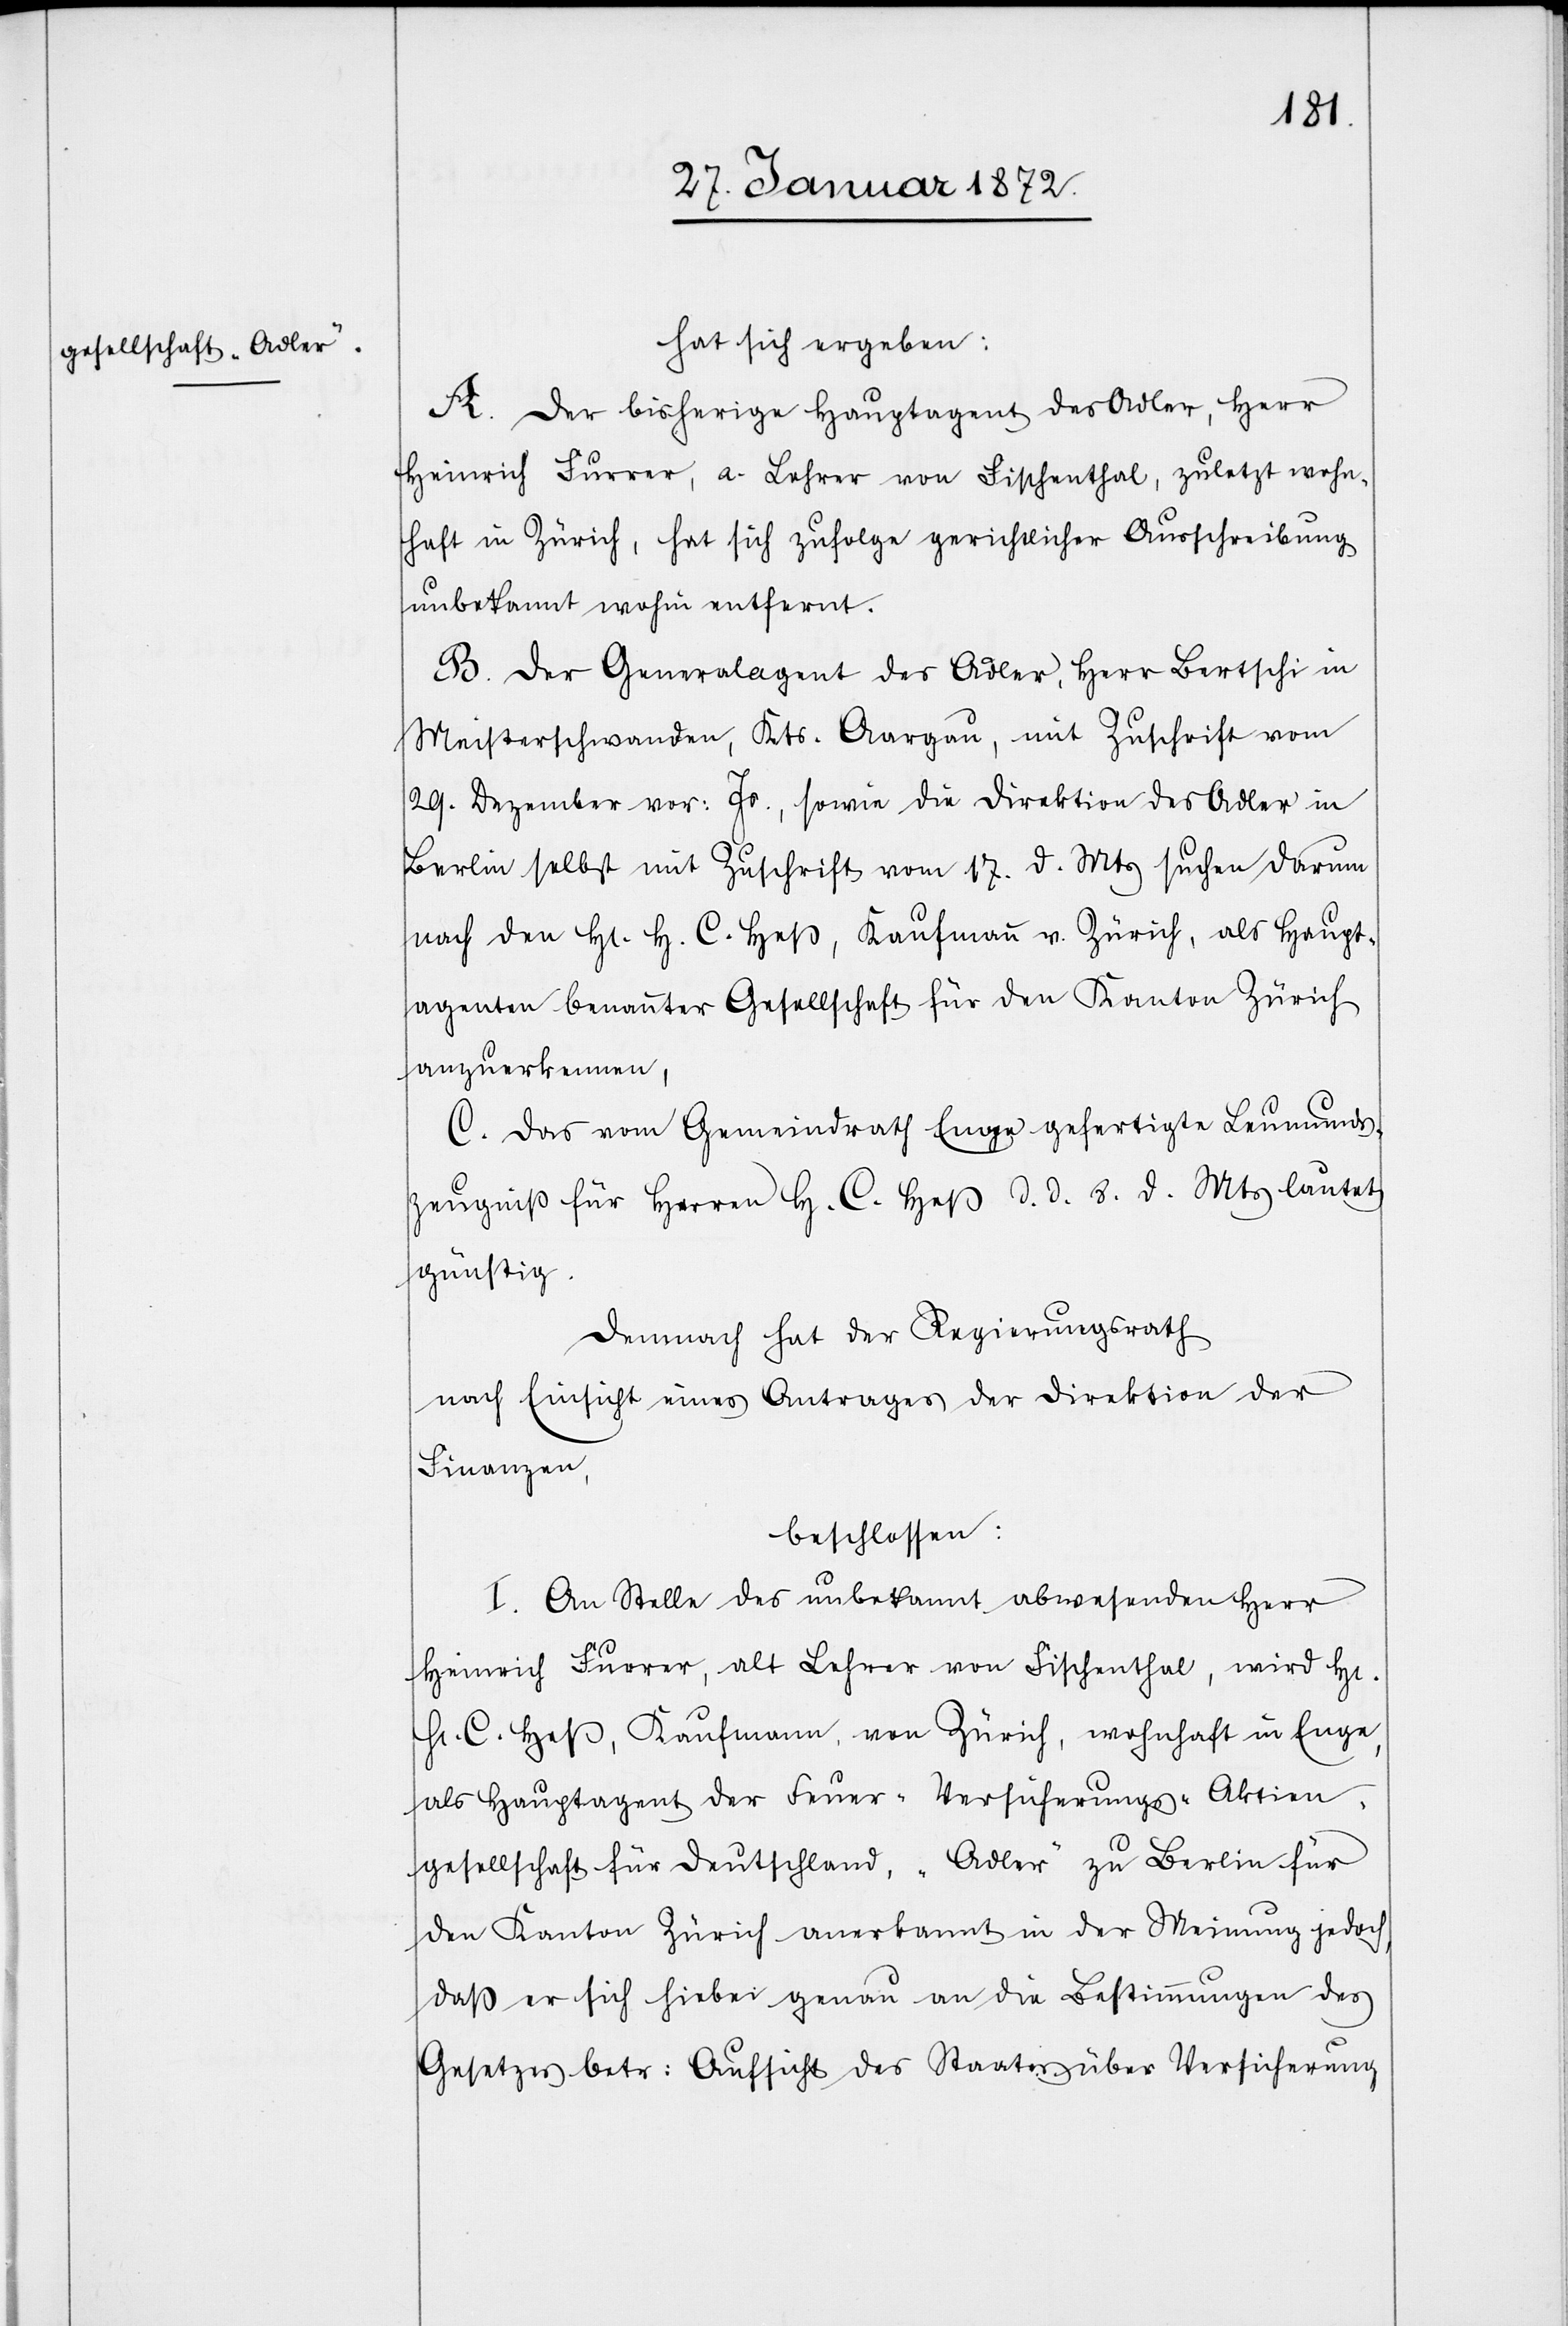
hat sich ergeben:
A. Der bisherige Hauptagent des Adler, Herr
Heinrich Furrer, a. Lehrer von Fischenthal, zuletzt wohn¬
haft in Zürich, hat sich zufolge gerichtlicher Ausschreibung
unbekannt wohin entfernt.
B. Der Generalagent des Adler, Herr Berschi in
Meisterschwanden, Kts. Aargau, mit Zuschrift vom
29. Dezember vor. Js., sowie die Direktion des Adler in
Berlin selbst mit Zuschrift vom 17. d. Mts suchen darum
nach den Hr. H. C. Heß, Kaufmann v. Zürich, als Haupt¬
agenten benannter Gesellschaft für den Kanton Zürich
anzuerkennen,
C. Das vom Gemeindrath Enge gefertigte Leumunds¬
zeugniß für Herren H. C. Heß d. d. 8. d. Mts lautet
günstig.
Demnach hat der Regierungsrath,
nach Einsicht eines Antrages der Direktion der
Finanzen,
beschlossen:
I. An Stelle des unbekannt abwesenden Herr
Heinrich Furrer, alt Lehrer von Fischenthal, wird Hr.
H. C. Heß, Kaufmann von Zürich, wohnhaft in Enge,
als Hauptagent der Feuer-Versicherungs-Aktien¬
gesellschaft für Deutschland, „Adler“ zu Berlin für
den Kanton Zürich anerkannt in der Meinung jedoch,
daß er sich hiebei genau an die Bestimmungen des
Gesetzes betr. Aufsicht des Staates über Versicherung